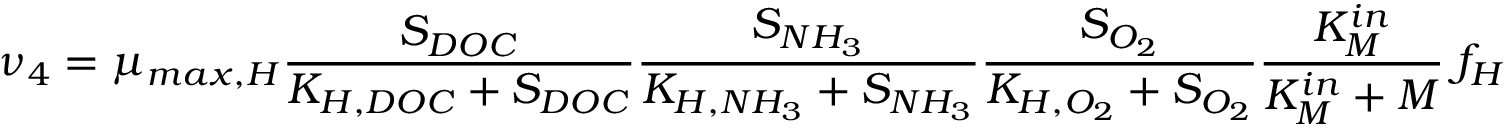
\nu _ { 4 } = \mu _ { m a x , H } \frac { S _ { D O C } } { K _ { H , D O C } + S _ { D O C } } \frac { S _ { N H _ { 3 } } } { K _ { H , N H _ { 3 } } + S _ { N H _ { 3 } } } \frac { S _ { O _ { 2 } } } { K _ { H , O _ { 2 } } + S _ { O _ { 2 } } } \frac { K _ { M } ^ { i n } } { K _ { M } ^ { i n } + M } \ f _ { H }